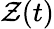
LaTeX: \mathcal{Z}(t)